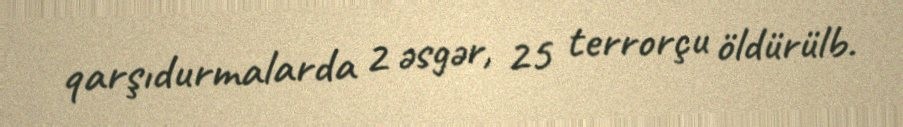
qarşıdurmalarda 2 əsgər, 25 terrorçu öldürülb.